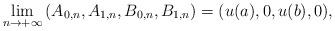
LaTeX: \begin{align*}\lim_{n\to +\infty}\left(A_{0,n},A_{1,n},B_{0,n},B_{1,n}\right)=(u(a),0,u(b),0),\end{align*}